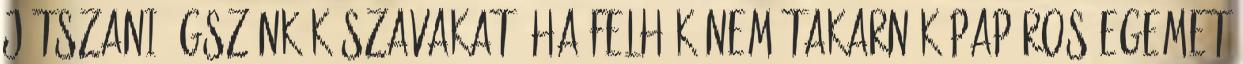
játszani égszínkék szavakat, ha felhők nem takarnák papíros egemet